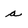
Character: a